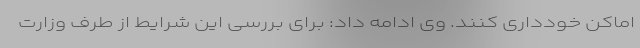
اماکن خودداری کنند. وی ادامه داد: برای بررسی این شرایط از طرف وزارت